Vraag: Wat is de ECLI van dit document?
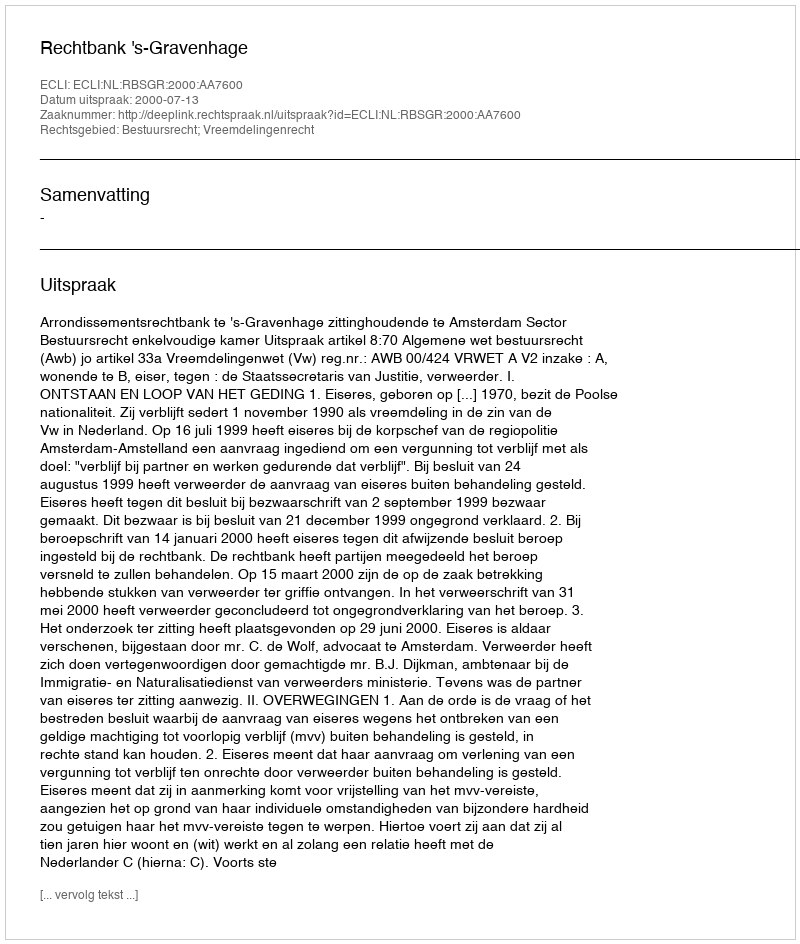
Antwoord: ECLI:NL:RBSGR:2000:AA7600